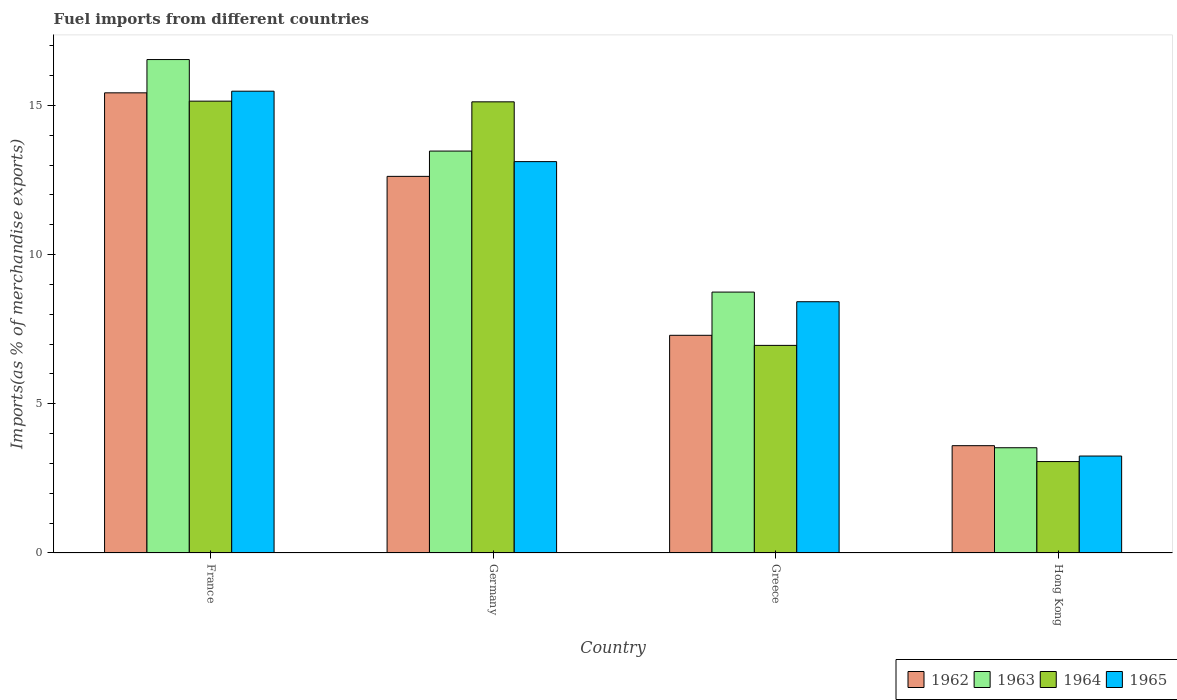
| Country | 1962 | 1963 | 1964 | 1965 |
 | --- | --- | --- | --- | --- |
 | France | 15.4 | 16.5 | 15.1 | 15.5 |
 | Germany | 12.6 | 13.5 | 15.1 | 13.1 |
 | Greece | 7.3 | 8.74 | 6.96 | 8.42 |
 | Hong Kong | 3.6 | 3.53 | 3.06 | 3.25 |